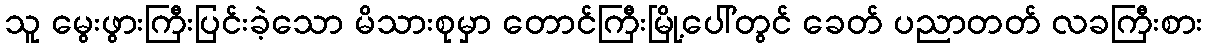
သူ မွေးဖွားကြီးပြင်းခဲ့သော မိသားစုမှာ တောင်ကြီးမြို့ပေါ်တွင် ခေတ် ပညာတတ် လခကြီးစား